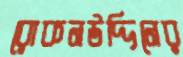
রোকনউদ্দিনের